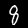
Label: 8